Lunatic asylums Burma 1907-21 - 1907-1921
Year: 1907
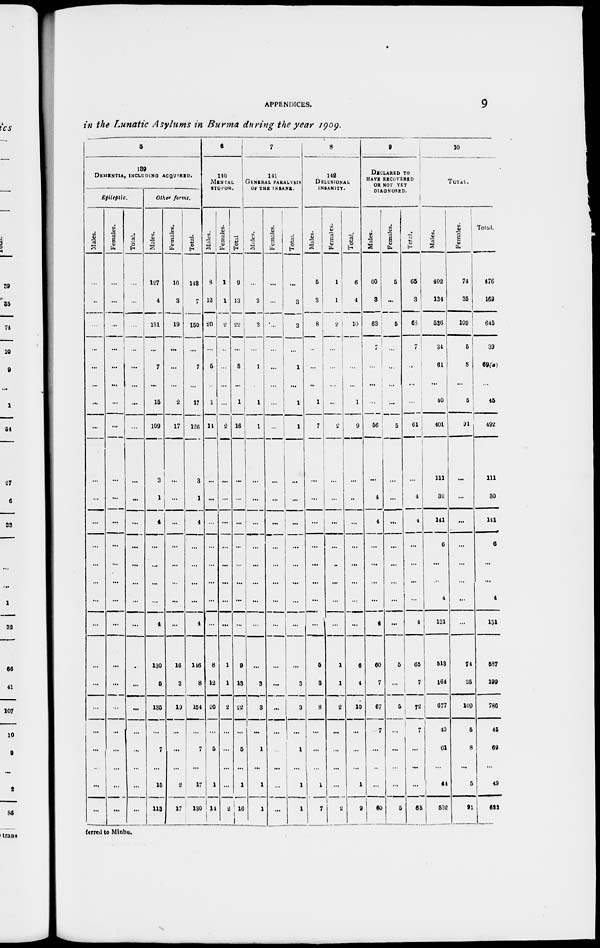
APPENDICES.
9
in the Lunatic Asylums in Burma during the year 1909.
5
139
DEMENTIA, INCLUDING ACQUIRED.
Epileptic.
Males.
...
...
...
...
...
...
...
...
...
...
...
...
...
...
...
...
...
...
...
...
...
...
...
...
Females.
...
...
...
...
...
...
...
...
...
...
...
...
...
...
...
...
...
...
...
...
...
...
...
...
Total.
...
...
...
...
...
...
...
...
...
...
...
...
...
...
...
...
...
...
...
...
...
...
...
...
Other forms.
Males.
127
4
131
...
7
...
15
109
3
1
4
...
...
...
...
4
130
5
135
...
7
...
15
113
Females.
16
3
19
...
...
...
2
17
...
...
...
...
...
...
...
...
16
3
19
...
...
...
2
17
Total.
143
7
150
...
7
...
17
126
3
1
4
...
...
...
...
4
116
8
154
...
7
...
17
130
6
140
MENTAL
STUPOR.
Males.
8
12
20
...
5
...
1
14
...
...
...
...
...
...
...
...
8
12
20
...
5
...
1
14
Females.
1
1
2
...
...
...
...
2
...
...
...
...
...
...
...
...
1
1
2
...
...
...
...
2
Total.
9
13
22
...
5
...
1
16
...
...
...
...
...
...
...
...
9
13
22
...
5
...
1
16
7
141
GENERAL PARALYSIS
OF THE INSANE.
Males.
...
3
3
...
1
...
1
1
...
...
...
...
...
...
...
...
...
3
3
...
1
...
1
1
Females.
...
...
...
...
...
...
...
...
...
...
...
...
...
...
...
...
...
...
...
...
...
...
...
...
Total.
...
3
3
...
1
...
1
1
...
...
...
...
...
...
...
...
...
3
3
...
1
...
1
1
8
148
DELUSIONAL
INSANITY.
Males.
5
3
8
...
...
...
1
7
...
...
...
...
...
...
...
...
5
3
8
...
...
...
1
7
Females.
1
1
2
...
...
...
...
2
...
...
...
...
...
...
...
...
1
1
2
...
...
...
...
2
Total.
6
4
10
...
...
...
1
9
...
...
...
...
...
...
...
...
6
4
10
...
...
...
1
9
9
DECLARED TO
HAVE RECOVERED
OR NOT YET
DIAGNOSED.
Males.
60
3
63
7
...
...
...
56
...
4
4
...
...
...
...
4
60
7
67
7
...
...
...
60
Females.
5
...
5
...
...
...
...
5
...
...
...
...
...
...
...
...
5
...
5
...
...
...
...
5
Total.
65
3
68
7
...
...
...
61
...
4
4
...
...
...
...
4
65
7
72
7
...
...
...
65
10
TOTAL.
Males.
402
134
536
34
61
...
40
401
111
30
141
6
...
...
4
131
513
164
677
40
61
...
44
532
Females.
74
35
109
5
8
...
5
91
...
...
...
...
...
...
...
...
74
35
109
5
8
...
5
91
Total.
476
169
645
39
69(a)
...
45
492
111
30
141
6
...
...
4
131
587
199
786
45
69
...
49
623
ferred to Minbu.